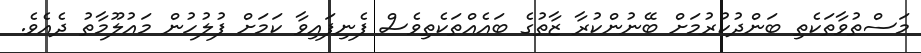
މަސްތުވާތަކެތި ބަންދުކުރުމަށް ބޭނުންކުރާ ޒާތުގެ ބައެއްތަކެތިވެސް ފެނިފައިވާ ކަމަށް ފުލުހުން މައުލޫމާތު ދެއެވެ.